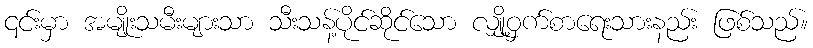
၎င်းမှာ အမျိုးသမီးများသာ သီးသန့်ပိုင်ဆိုင်သော လျှို့ဝှက်စာရေးသားနည်း ဖြစ်သည်။